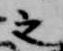
之